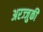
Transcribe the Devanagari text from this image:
अरज्जुकी